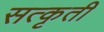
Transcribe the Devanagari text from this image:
सत्कृती